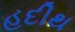
હદીથ